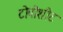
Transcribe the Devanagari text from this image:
टोपोशीट